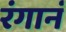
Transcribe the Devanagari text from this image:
रंगानं